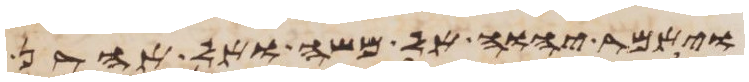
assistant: ויאמר יהוה אל משה ואל אהרן